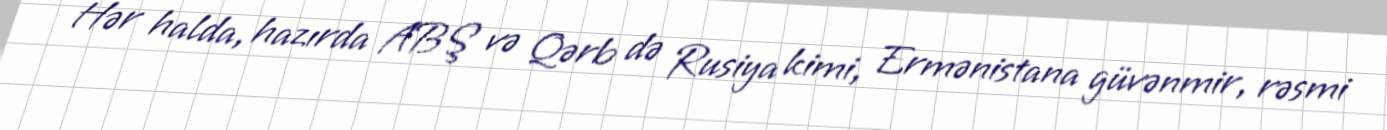
Hər halda, hazırda ABŞ və Qərb də Rusiya kimi, Ermənistana güvənmir, rəsmi